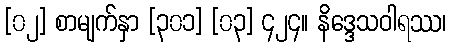
[၀၂] စာမျက်နှာ [၃၀၁] [၀၃] ၄၂၄။ နိဒ္ဒေသဝါရဿ၊